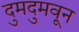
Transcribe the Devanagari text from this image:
दुमदुमवून